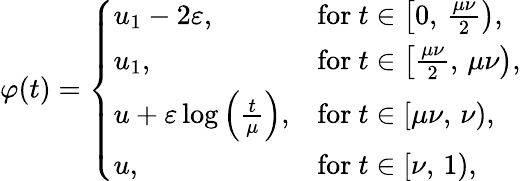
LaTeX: \varphi(t)=\left\{ \begin{array}{ll}{u_{1}-2\varepsilon,}&{\mathrm{for~}t\in\left[0,\, \frac{\mu\nu}{2}\right),}\\ {u_{1},}&{\mathrm{for~}t\in\left[\frac{\mu\nu}{2},\, \mu\nu\right),}\\ {u+\varepsilon\log\left(\frac{t}{\mu}\right),}&{\mathrm{for~}t\in[\mu\nu,\, \nu),}\\ {u,}&{\mathrm{for~}t\in[\nu,\, 1),}\end{array}\right.